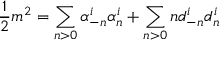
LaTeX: \frac { 1 } { 2 } m ^ { 2 } = \sum _ { n > 0 } \alpha _ { - n } ^ { i } \alpha _ { n } ^ { i } + \sum _ { n > 0 } n d _ { - n } ^ { i } d _ { n } ^ { i }